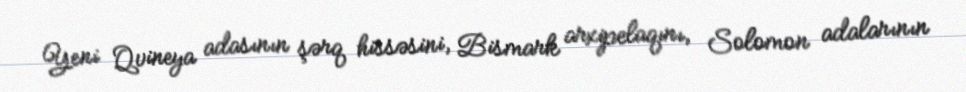
Yeni Qvineya adasının şərq hissəsini, Bismark arxipelaqını, Solomon adalarının